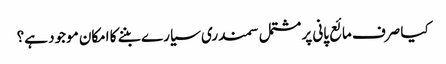
کیا صرف مائع پانی پر مشتمل سمندری سیارے بننے کا امکان موجود ہے؟